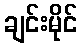
ချင်းမိုင်